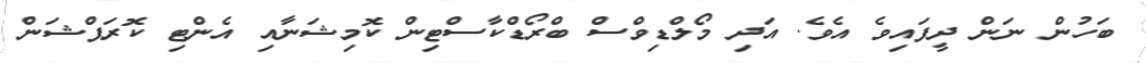
ބަހުން ނަން ދީފައިވެ އެވެ. އަދި މޯލްޑިވްސް ބްރޯޑްކާސްޓިން ކޮމިޝަނާއި އެންޓި ކޮރަޕްޝަން